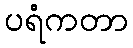
ပရံကတာ